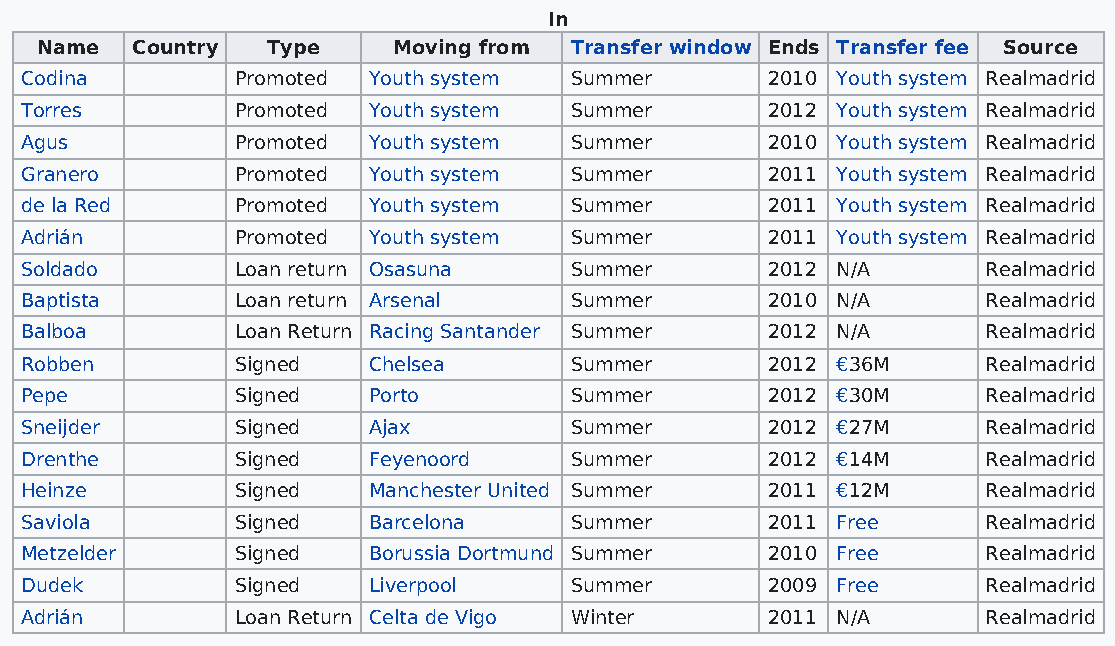
In
 Name   Country  Type    Moving from Transfer window Ends Transfer fee Source
 Codina         Promoted Youth system Summer       2010 Youth system Realmadrid
 Torres         Promoted Youth system Summer       2012 Youth system Realmadrid
 Agus           Promoted Youth system Summer       2010 Youth system Realmadrid
 Granero        Promoted Youth system Summer       2011 Youth system Realmadrid
 de la Red      Promoted Youth system Summer       2011 Youth system Realmadrid
 Adrián         Promoted Youth system Summer       2011 Youth system Realmadrid
 Soldado        Loan return Osasuna   Summer       2012 N/A      Realmadrid
 Baptista       Loan return Arsenal   Summer       2010 N/A      Realmadrid
 Balboa         Loan Return Racing Santander Summer 2012 N/A     Realmadrid
 Robben         Signed  Chelsea       Summer       2012 €36M     Realmadrid
 Pepe           Signed  Porto         Summer       2012 €30M     Realmadrid
 Sneijder       Signed  Ajax          Summer       2012 €27M     Realmadrid
 Drenthe        Signed  Feyenoord     Summer       2012 €14M     Realmadrid
 Heinze         Signed  Manchester United Summer   2011 €12M     Realmadrid
 Saviola        Signed  Barcelona     Summer       2011 Free     Realmadrid
 Metzelder      Signed  Borussia Dortmund Summer   2010 Free     Realmadrid
 Dudek          Signed  Liverpool     Summer       2009 Free     Realmadrid
 Adrián         Loan Return Celta de Vigo Winter   2011 N/A      Realmadrid